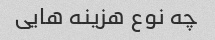
چه نوع هزینه هایی